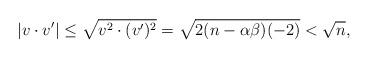
LaTeX: \begin{align*}|v\cdot v'| \leq \sqrt{v^2\cdot(v')^2} = \sqrt{2(n - \alpha\beta)(-2)} < \sqrt{n},\end{align*}